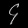
Digit: ၄